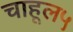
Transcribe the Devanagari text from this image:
चाहूल५